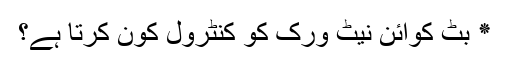
٭ بٹ کوائن نیٹ ورک کو کنٹرول کون کرتا ہے؟